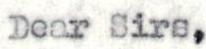
Dear Sirs,